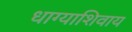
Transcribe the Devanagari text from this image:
धाग्याशिवाय